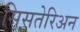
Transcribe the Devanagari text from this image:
सिसतेरिअन